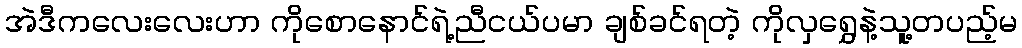
အဲဒီကလေးလေးဟာ ကိုစောနောင်ရဲ့ညီငယ်ပမာ ချစ်ခင်ရတဲ့ ကိုလှရွှေနဲ့သူ့တပည့်မ